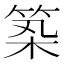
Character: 𥭰